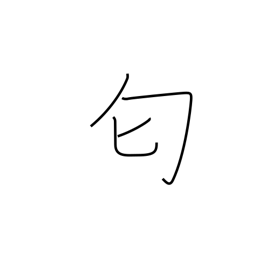
Meaning: stink